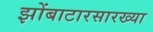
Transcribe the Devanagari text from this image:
झोंबाटारसारख्या